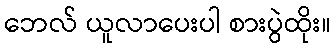
ဘေလ် ယူလာပေးပါ စားပွဲထိုး။